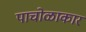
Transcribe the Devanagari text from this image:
पाचोळाकार